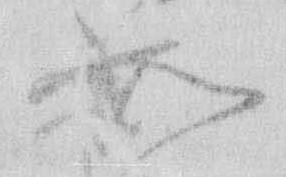
如